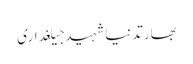
بھارتدنیاشہیدجیلغداری